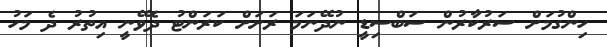
ހިންގުމަށް ސަރުކާރުން ސަބްސިޑީ ނުދޭނަމަ ރަށަށް ކަރަންޓު ދެވޭނީ އިތުރު ދެ މަހު